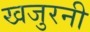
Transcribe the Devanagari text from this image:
खजुरनी